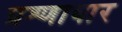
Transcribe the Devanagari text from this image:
प्रश्णावार